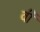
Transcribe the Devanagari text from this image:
र्वी